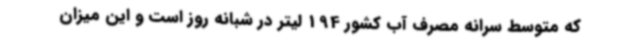
که متوسط سرانه مصرف آب کشور 194 لیتر در شبانه روز است و این میزان